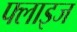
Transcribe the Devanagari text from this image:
फ्लाइज